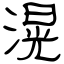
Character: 滉